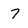
Character: 7